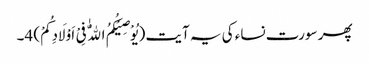
پھر سورت نساء کی یہ آیت (یُوْصِیْکُمُ اللّٰهُ فِیْ اَوْلَادِکُمْ) 4۔